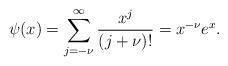
LaTeX: \begin{align*} \psi(x) = \sum_{j=-\nu}^{\infty} \frac{x^j}{(j+\nu)!} = x^{-\nu} e^x.\end{align*}